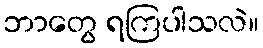
ဘာတွေ ရကြပါသလဲ။